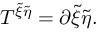
T ^ { { \tilde { \xi } } { \tilde { \eta } } } = \partial { \tilde { \xi } } { \tilde { \eta } } .